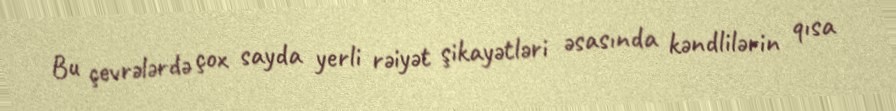
Bu çevrələrdə çox sayda yerli rəiyət şikayətləri əsasında kəndlilərin qısa